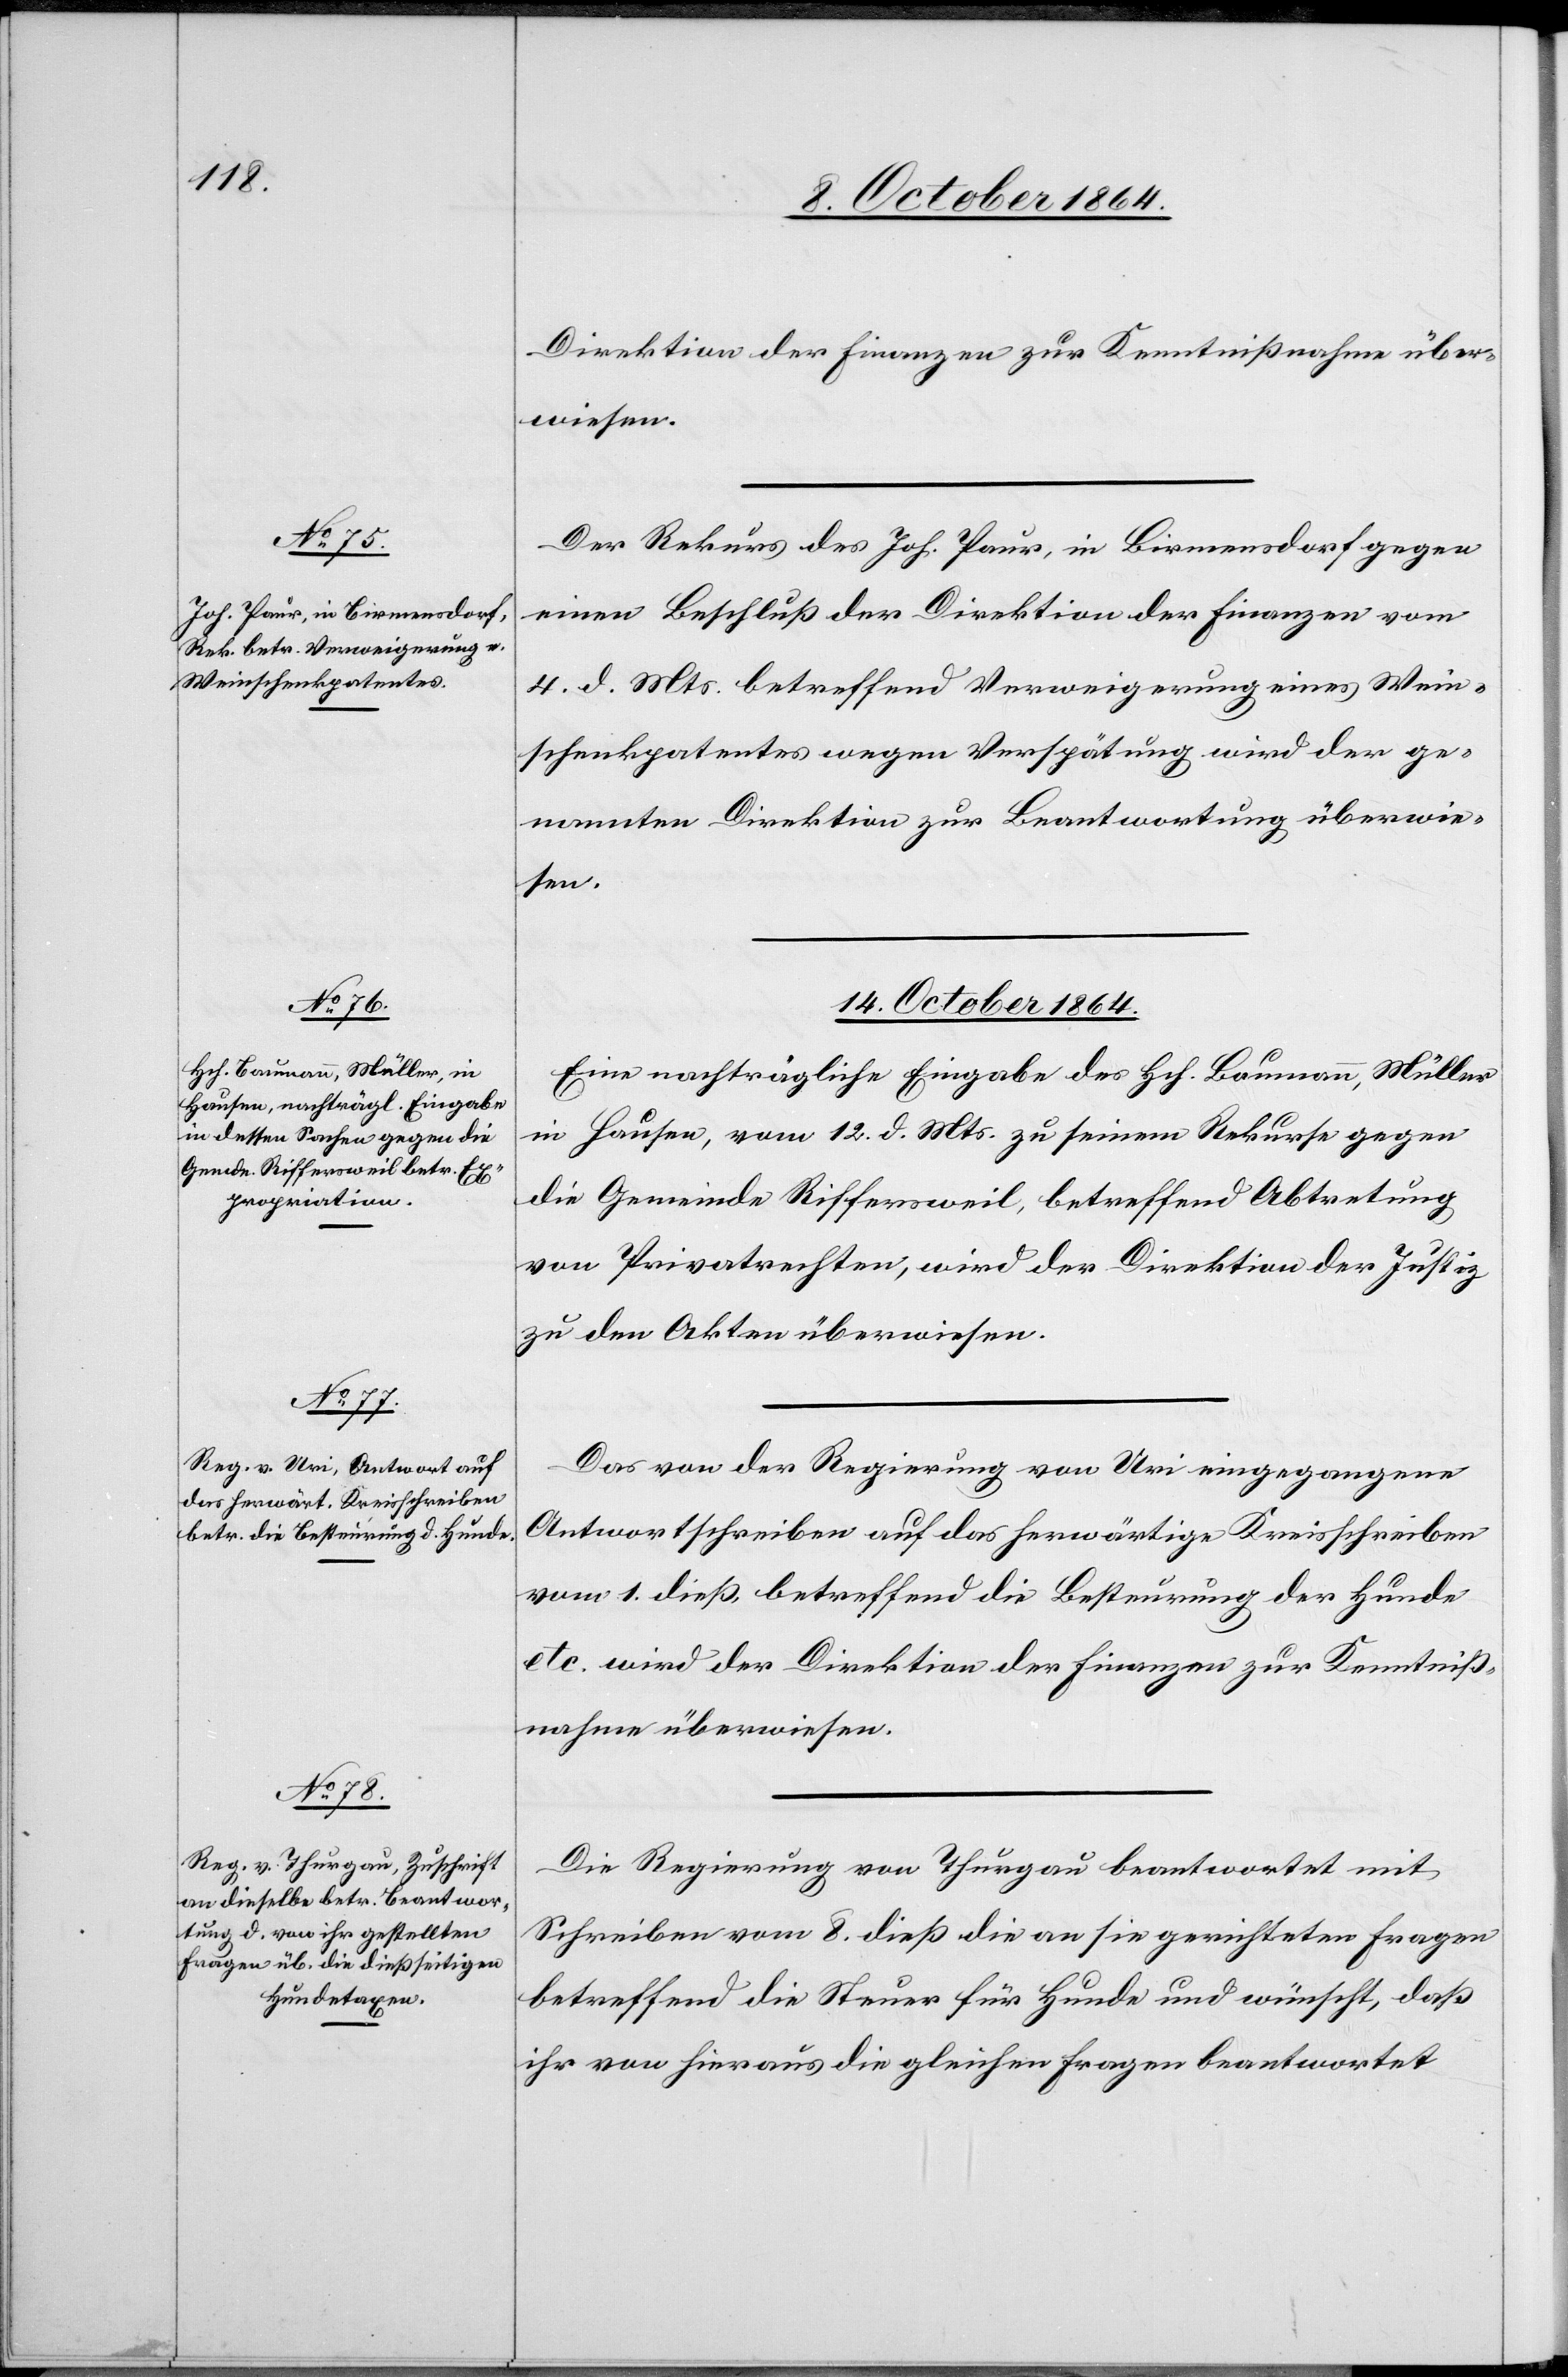
Direktion der Finanzen zur Kenntnißnahme über¬
wiesen.
Der Rekurs des Joh. Paur, in Birmensdorf gegen
einen Beschluß der Direktion der Finanzen vom
4. d. Mts. betreffend Verweigerung eines Wein¬
schenkpatentes wegen Verspätung wird der ge¬
nannten Direktion zur Beantwortung überwie¬
sen.
14. October 1864.]
Eine nachträgliche Eingabe des Hch. Baumann, Müller
in Hausen, vom 12. d. Mts. zu seinem Rekurse gegen
die Gemeinde Riffersweil, betreffend Abtretung
von Privatrechten, wird der Direktion der Justiz
zu den Akten überwiesen.
Das von der Regierung von Uri eingegangene
Antwortschreiben auf das herwärtige Kreisschreiben
vom 1. dieß, betreffend die Besteurung der Hunde
etc. wird der Direktion der Finanzen zur Kenntniß¬
nahme überwiesen.
Die Regierung von Thurgau beantwortet mit
Schreiben vom 8. dieß die an sie gerichteten Fragen
betreffend die Steuer für Hunde und wünscht, daß
ihr von hieraus die gleichen Fragen beantwortet